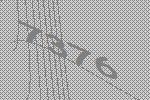
7376